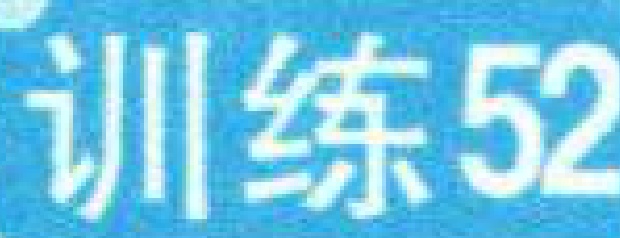
训练52